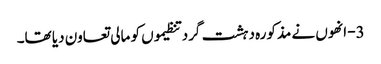
3- انھوں نے مذکورہ دہشت گرد تنظیموں کو مالی تعاون دیا تھا۔